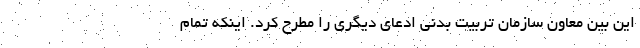
این بین معاون سازمان تربیت بدنی ادعای دیگری را مطرح کرد. اینکه تمام